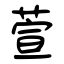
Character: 萱